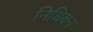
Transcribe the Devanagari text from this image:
निधिबन